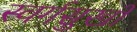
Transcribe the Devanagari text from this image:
स्वर्गसुखों